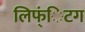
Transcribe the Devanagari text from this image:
लिफ्ंिटग